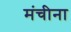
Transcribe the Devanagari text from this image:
मंचीना